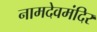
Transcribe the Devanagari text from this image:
नामदेवमंदिर